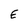
Character: E